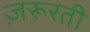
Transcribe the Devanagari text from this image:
ज़रूरती